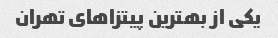
یکی از بهترین پیتزاهای تهران